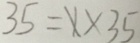
3 4 = 1 \times 3 5